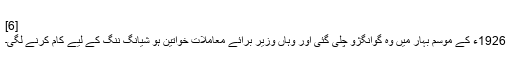
[6]
1926ء کے موسم بہار میں وہ گوانگژو چلی گئی اور وہاں وزیر برائے معاملات خواتین ہو شیانگ ننگ کے لیے کام کرنے لگی۔